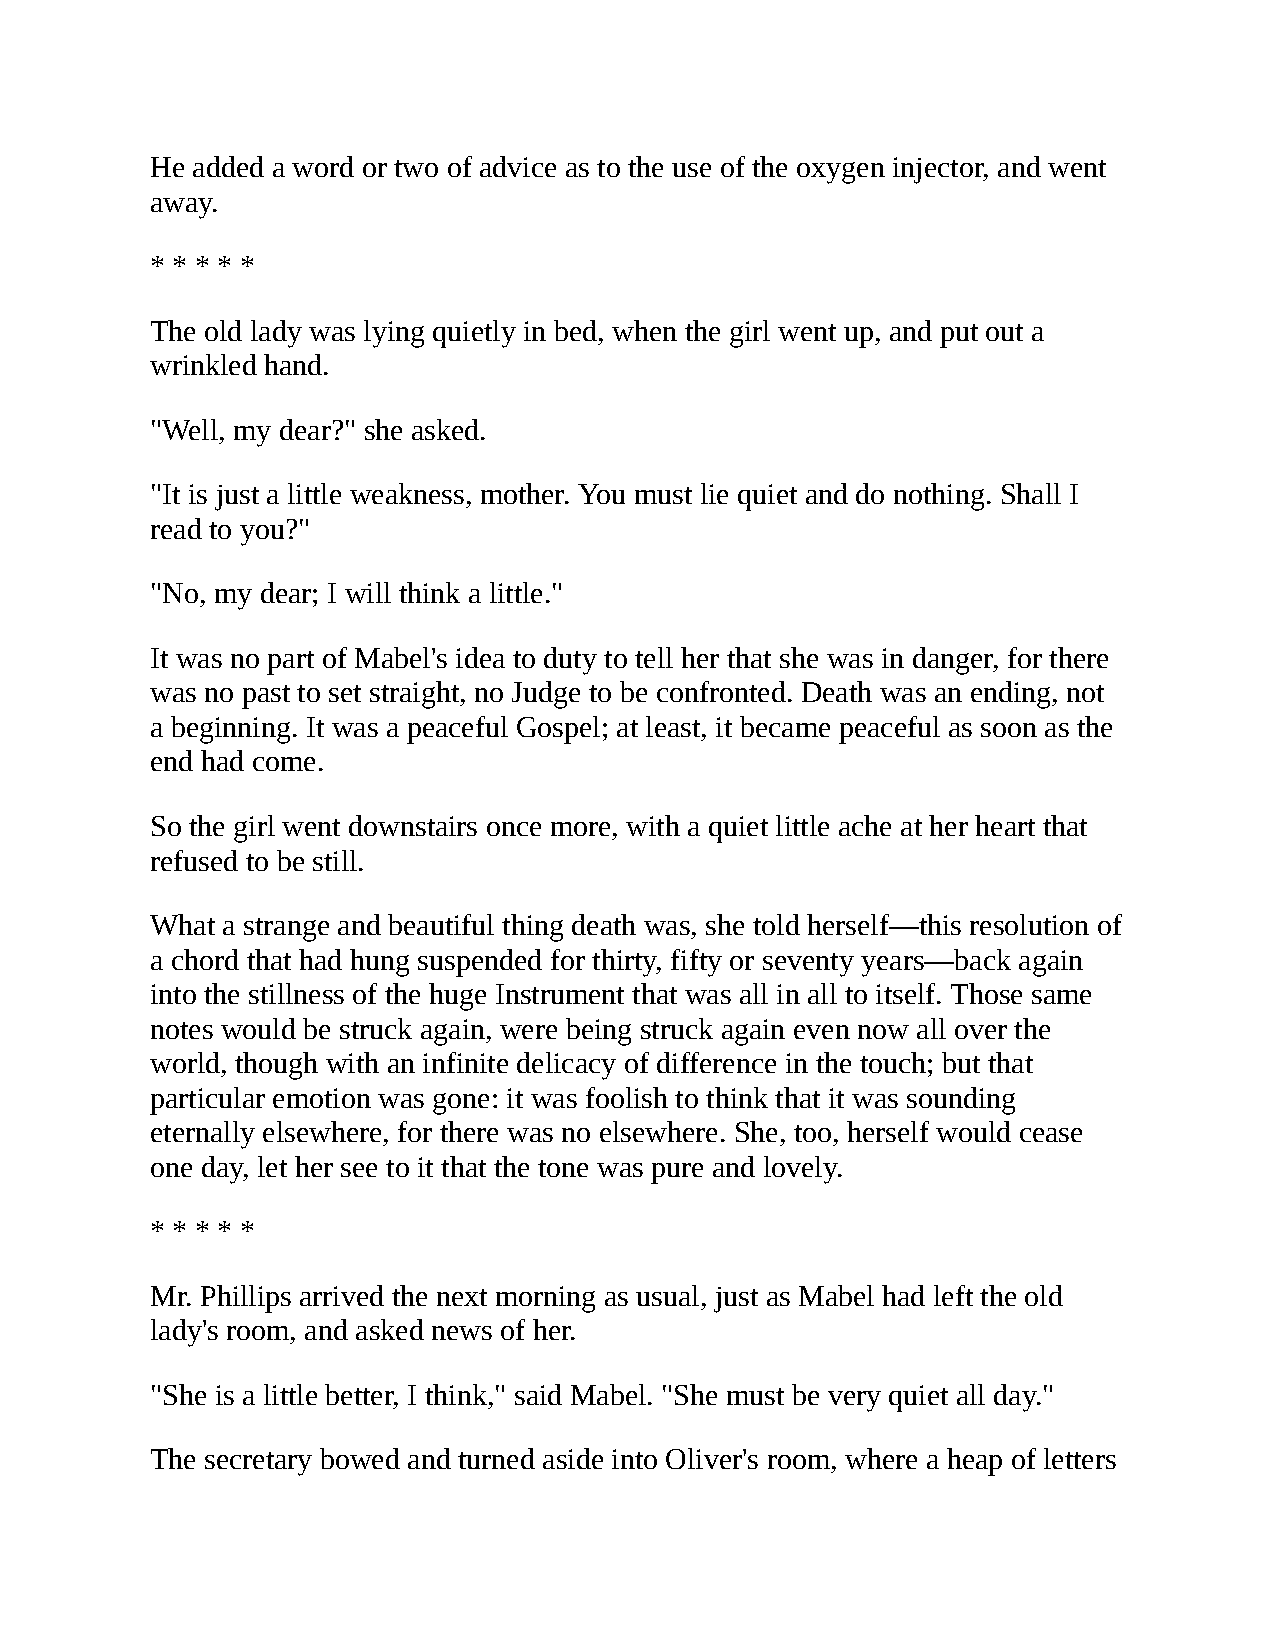
He added a word or two of advice as to the use of the oxygen injector, and went
 away.
 * * * * *
 The old lady was lying quietly in bed, when the girl went up, and put out a
 wrinkled hand.
 "Well, my dear?" she asked.
 "It is just a little weakness, mother. You must lie quiet and do nothing. Shall I
 read to you?"
 "No, my dear; I will think a little."
 It was no part of Mabel's idea to duty to tell her that she was in danger, for there
 was no past to set straight, no Judge to be confronted. Death was an ending, not
 a beginning. It was a peaceful Gospel; at least, it became peaceful as soon as the
 end had come.
 So the girl went downstairs once more, with a quiet little ache at her heart that
 refused to be still.
 What a strange and beautiful thing death was, she told herself—this resolution of
 a chord that had hung suspended for thirty, fifty or seventy years—back again
 into the stillness of the huge Instrument that was all in all to itself. Those same
 notes would be struck again, were being struck again even now all over the
 world, though with an infinite delicacy of difference in the touch; but that
 particular emotion was gone: it was foolish to think that it was sounding
 eternally elsewhere, for there was no elsewhere. She, too, herself would cease
 one day, let her see to it that the tone was pure and lovely.
 * * * * *
 Mr. Phillips arrived the next morning as usual, just as Mabel had left the old
 lady's room, and asked news of her.
 "She is a little better, I think," said Mabel. "She must be very quiet all day."
 The secretary bowed and turned aside into Oliver's room, where a heap of letters